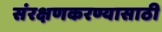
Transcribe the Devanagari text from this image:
संरक्षणकरण्यासाठी